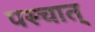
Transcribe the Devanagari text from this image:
पस्चात्